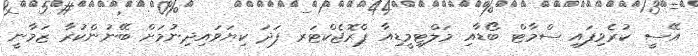
އޭސީ ކުރެވިފައި ސްމާޓް ބޯޑާއި މަލްޓިމީޑިއާ ޕްރޮޖެކްޓަރ ފަދަ ކިޔަވައިދިނުމަށް ބޭނުންކުރާ ޒަމާނީ